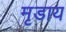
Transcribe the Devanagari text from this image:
मृडाय